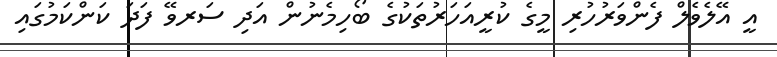
އީ އޭލެވެލް ފެންވަރުހުރި މީގެ ކުރީއަހަރުތަކުގެ ބޯހިމެނުން އަދި ސަރވޭ ފަދަ ކަންކަމުގައި